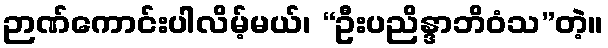
ဉာဏ်ကောင်းပါလိမ့်မယ်၊ “ဦးပညိန္ဒာဘိဝံသ”တဲ့။